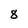
Character: 8